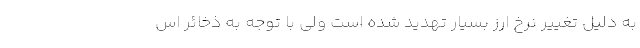
به دلیل تغییر نرخ ارز بسیار تهدید شده است ولی با توجه به ذخائر اس